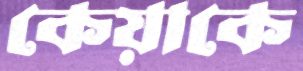
কেয়াকে